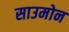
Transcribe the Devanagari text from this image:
साउमोन